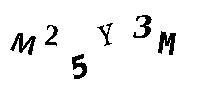
M25Y3M